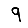
Digit: 9